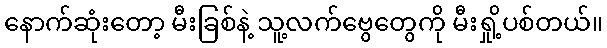
နောက်ဆုံးတော့ မီးခြစ်နဲ့ သူ့လက်ဗွေတွေကို မီးရှို့ပစ်တယ်။